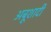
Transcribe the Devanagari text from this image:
अबूशादी